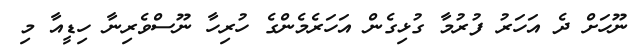
ނޫހަށް ދެ އަހަރު ފުރުމާ ގުޅިގެން އަހަރެމެންގެ ހުރިހާ ނޫސްވެރިނާ ހިޑީއާ މި